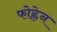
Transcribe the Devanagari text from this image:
फोह्लेन